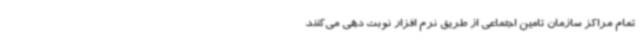
تمام مراکز سازمان تامین اجتماعی از طریق نرم افزار نوبت دهی می‌کنند